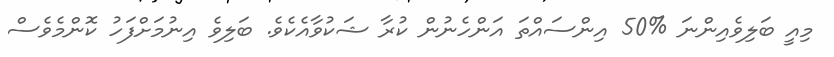
މިއީ ބަލިވެއިންނަ %50 އިންސައްތަ އަންހެނުން ކުރާ ޝަކުވާއެކެވެ. ބަލިވެ އިނުމަށްފަހު ކޮންމެވެސް